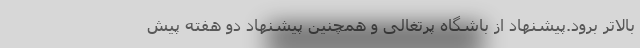
بالاتر برود.پیشنهاد از باشگاه پرتغالی و همچنین پیشنهاد دو هفته پیش